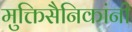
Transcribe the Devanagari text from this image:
मुक्तिसैनिकांनी